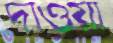
দাওয়া